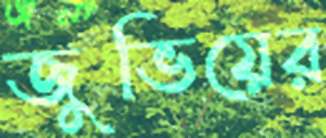
জুভিয়ের